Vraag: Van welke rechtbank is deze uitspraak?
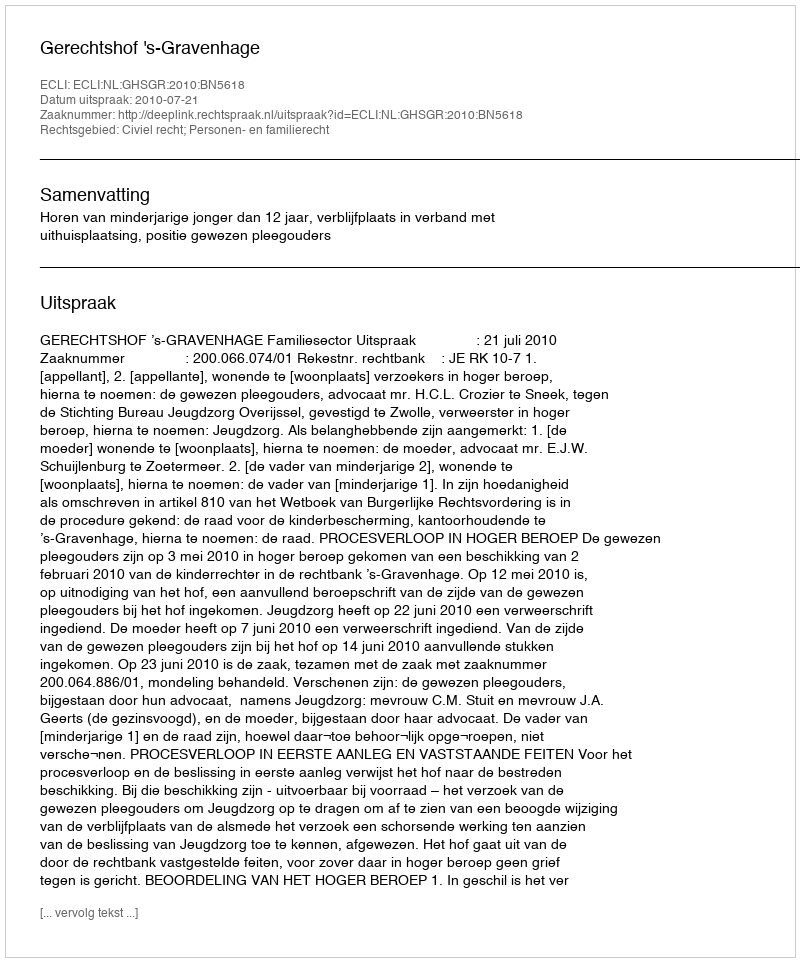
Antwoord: Gerechtshof 's-Gravenhage